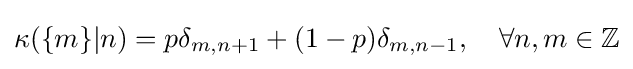
\kappa (\{m\}|n)=p\delta _{m,n+1}+(1-p)\delta _{m,n-1},\quad \forall n,m\in \mathbb {Z}